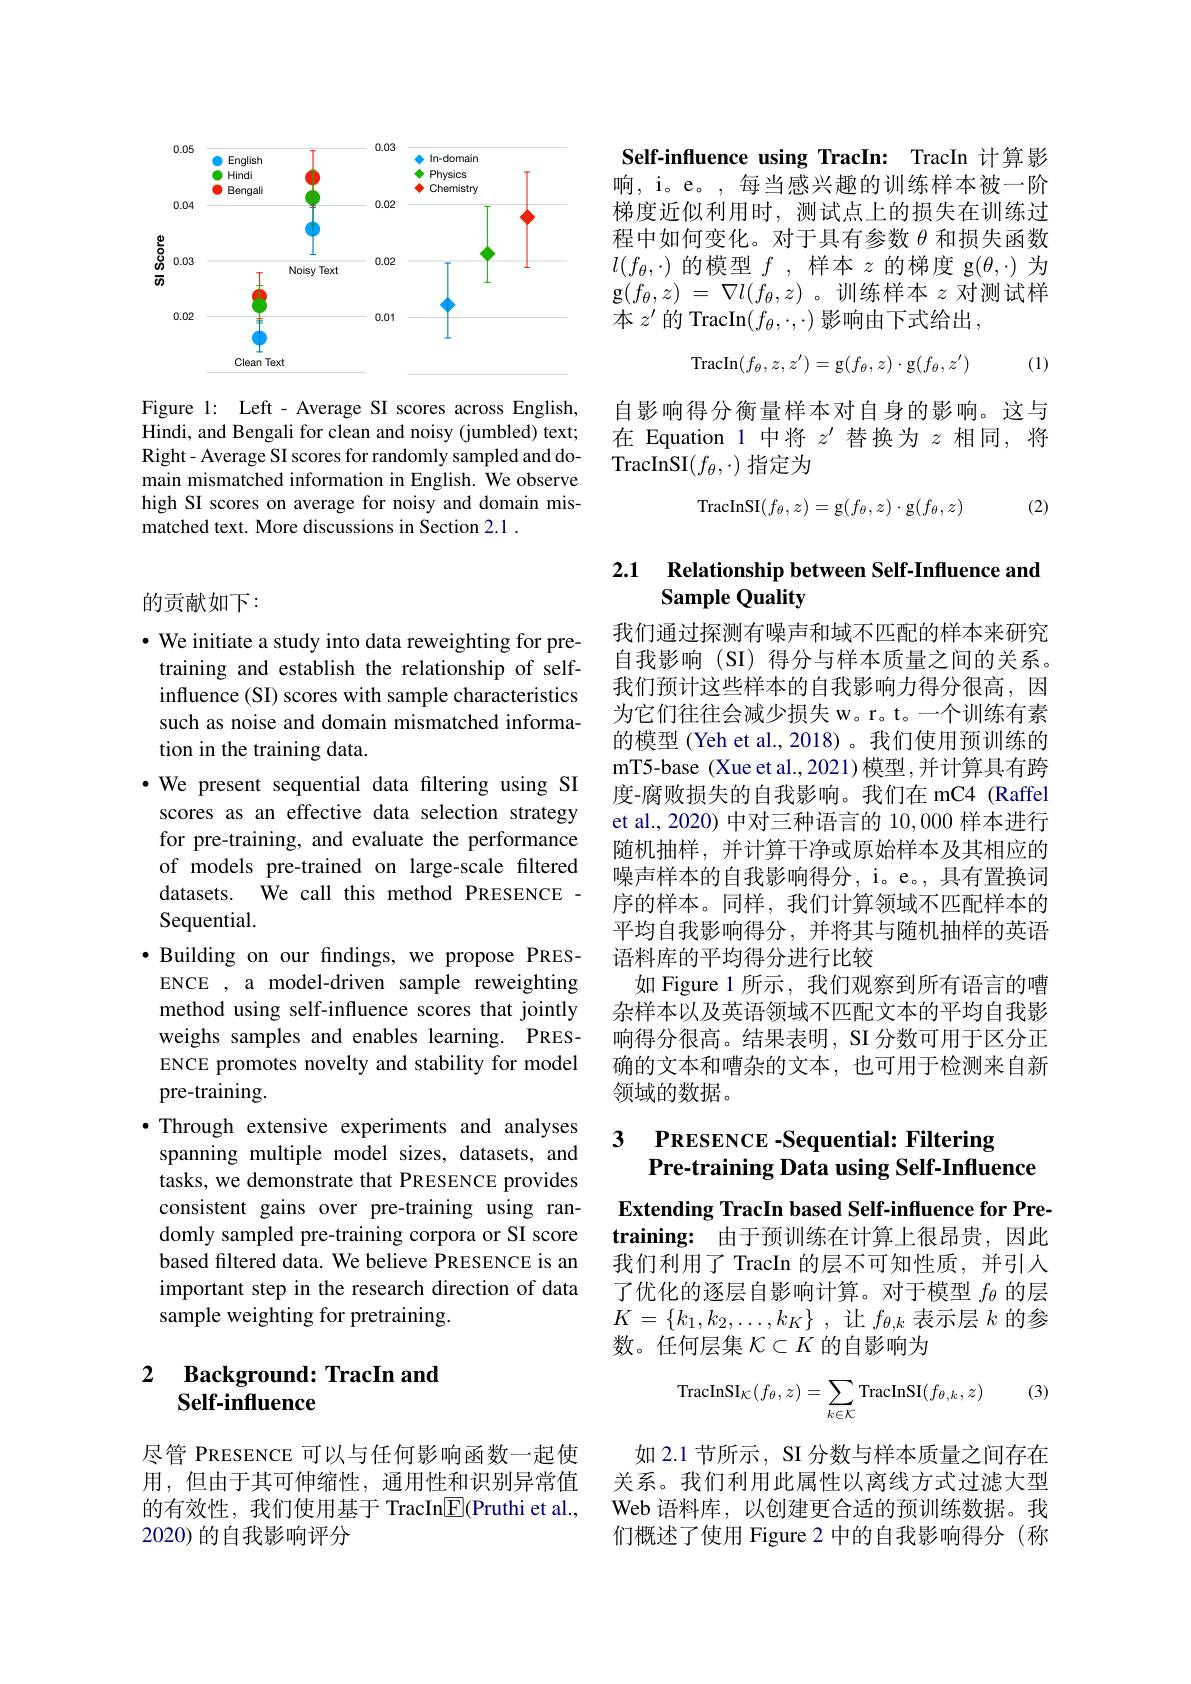
<FigureHere>

Figure 1: Left - Average SI scores across English, Hindi, and Bengali for clean and noisy (jumbled) text; Right- Average SI scores for randomly sampled and domain mismatched information in English. We observe high SI scores on average for noisy and domain mismatched text. More discussions in Section 2.1 .

### 的贡献如下：

· We initiate a study into data reweighting for pre-
training and establish the relationship of selfinfluence (SI) scores with sample characteristics such as noise and domain mismatched information in the training data.
$\bullet$ We present sequential data filtering using SI scores as an effective data selection strategy for pre-training, and evaluate the performance of models pre-trained on large-scale filtered datasets. We call this method PRESENCE - Sequential.
$\bullet$ Building on our fndings, we propose PRES-
ENCE , a model-driven sample reweighting method using self-influence scores that jointly weighs samples and enables learning. PRESENCE promotes novelty and stability for model pre-training.
$\bullet$ Through extensive experiments and analyses spanning multiple model sizes, datasets, and tasks, we demonstrate that PRESENCE provides consistent gains over pre-training using randomly sampled pre-training corpora or SI score based filtered data. We believe PRESENCE is an important step in the research direction of data sample weighting for pretraining.

### 2 $\textbf{Background: TracIn and}$ Self-influence

尽管 PRESENCE 可以与任何影响函数一起使用，但由于其可伸缩性，通用性和识别异常值的有效性，我们使用基于 TracIn$\boxed{\mathrm{F}}($Pruthi et al., 2020) 的自我影响评分

Self-influence using TracIn: TracIn 计算影响，i。e。, 每当感兴趣的训练样本被一阶梯度近似利用时，测试点上的损失在训练过程中如何变化。对于具有参数$\theta$和损失函数$l(f_\theta,\cdot)$的模型$f$ ,样本$z$的梯度 g$(\theta,\cdot)$为$\mathbf{g} ( f_\theta , z)$ = $\nabla l( f_\theta , z)$ 。训练样本 $z$ 对测试样本$z^\prime$的 TracIn$(f_\theta,\cdot,\cdot)$影响由下式给出，
$$\mathrm{TracIn}(f_\theta,z,z')=\mathrm{g}(f_\theta,z)\cdot\mathrm{g}(f_\theta,z')$$
(1)

自影响得分衡量样本对自身的影响。这与在 Equation 1 中将$z^{\prime}$替换为$z$相同，将TracInSI$(f_\theta,\cdot)$指定为

(2)
$$\mathrm{TracInSI}(f_\theta,z)=\mathrm{g}(f_\theta,z)\cdot\mathrm{g}(f_\theta,z)$$
### 2.1 Relationship between Self-Influence and Sample Quality

我们通过探测有噪声和域不匹配的样本来研究自我影响(SI)得分与样本质量之间的关系。我们预计这些样本的自我影响力得分很高，因为它们往往会减少损失 w。r。t。一个训练有素的模型 (Yeh et al.,2018)。我们使用预训练的mT5-base (Xue et al.,2021)模型，并计算具有跨度-腐败损失的自我影响。我们在 mC4 (Raffel et al., 2020) 中对三种语言的10，000样本进行随机抽样，并计算干净或原始样本及其相应的噪声样本的自我影响得分，i。e。, 具有置换词序的样本。同样，我们计算领域不匹配样本的平均自我影响得分，并将其与随机抽样的英语语料库的平均得分进行比较
如 Figure 1 所示，我们观察到所有语言的嘈杂样本以及英语领域不匹配文本的平均自我影响得分很高。结果表明，SI 分数可用于区分正确的文本和嘈杂的文本，也可用于检测来自新领域的数据。

### 3 PRESENCE -Sequential: Filtering Pre-training Data using Self-Influence

Extending TracIn based Self-influence for Pre- $\textbf{training: }$ 由于预训练在计算上很昂贵，因此我们利用了 TracIn 的层不可知性质，并引入了优化的逐层自影响计算。对于模型$f_\mathrm{\theta}$的层$K= \{ k_1, k_2, \ldots , k_K\}$ ,让$f_\theta,k$表示层$k$的参数。任何层集$\mathcal{K}\subset K$的自影响为

(3)
$$\text{TracInSI}_{\mathcal{K}}(f_\theta,z)=\sum_{k\in\mathcal{K}}\text{TracInSI}(f_{\theta,k},z)$$
如 2.1 节所示，SI 分数与样本质量之间存在关系。我们利用此属性以离线方式过滤大型Web 语料库，以创建更合适的预训练数据。我们概述了使用 Figure 2 中的自我影响得分 (称